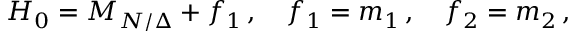
H _ { 0 } = M _ { N / \Delta } + f _ { 1 } \, , \quad f _ { 1 } = m _ { 1 } \, , \quad f _ { 2 } = m _ { 2 } \, ,